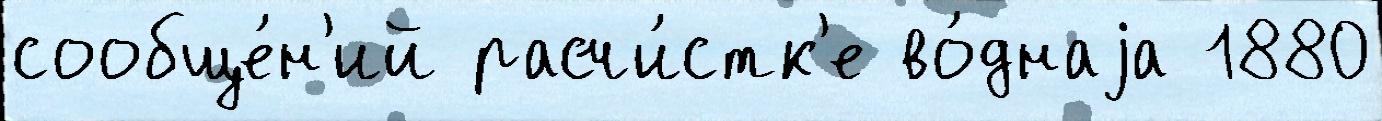
сообще́н'ий расчи́стк'е во́днаjа 1880